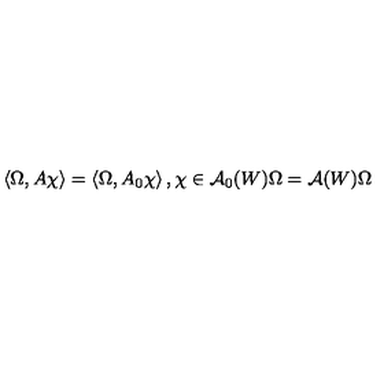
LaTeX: \left\langle \Omega , A \chi \right\rangle = \left\langle \Omega , A _ { 0 } \chi \right\rangle , \chi \in \mathcal { A } _ { 0 } ( W ) \Omega = \mathcal { A } ( W ) \Omega